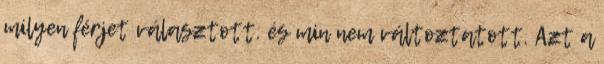
milyen férjet választott. és min nem változtatott. Azt a